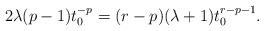
LaTeX: \begin{align*}2\lambda (p-1)t_0^{-p}=(r-p)(\lambda+1)t_0^{r-p-1}. \end{align*}